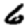
Digit: 6